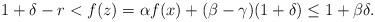
LaTeX: \begin{align*}1+\delta-r<f(z)=\alpha f(x)+(\beta-\gamma)(1+\delta)\leq 1+\beta \delta.\end{align*}